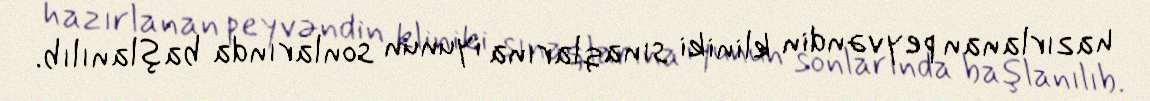
hazırlanan peyvəndin kliniki sınaqlarına iyunun sonlarında başlanılıb.